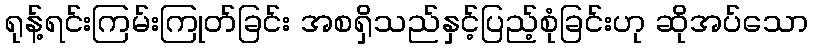
ရုန့်ရင်းကြမ်းကြုတ်ခြင်း အစရှိသည်နှင့်ပြည့်စုံခြင်းဟု ဆိုအပ်သော